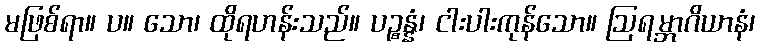
မဖြစ်ရာ။ ပ။ သော၊ ထိုရဟန်းသည်။ ပဉ္စန္နံ၊ ငါးပါးကုန်သော။ ဩရမ္ဘာဂိယာနံ၊